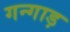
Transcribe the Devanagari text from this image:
गन्गाड़